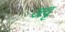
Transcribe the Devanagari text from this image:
जदृ